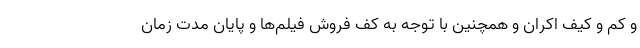
و کم و کیف اکران و همچنین با توجه به کف فروش فیلم‌ها و پایان مدت زمان